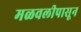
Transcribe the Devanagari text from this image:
मळवलीपासून